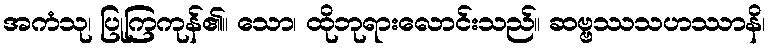
အကံသု၊ ပြုကြကုန်၏။ သော၊ ထိုဘုရားလောင်းသည်။ ဆဗ္ဗဿသဟဿာနိ၊